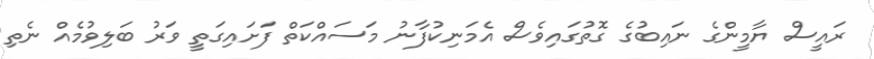
ރައީސް ޔާމީންގެ ނައިބުގެ ގޮތުގައިވެސް އެމަނިކުފާނު މަސައްކަތް ފަށައިގަތީ ވަރު ބަލިވުމެއް ނެތި